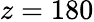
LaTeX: z=180